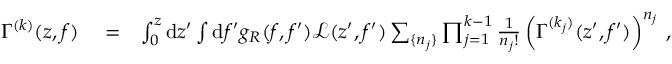
\begin{array} { r l r } { \Gamma ^ { ( k ) } ( z , f ) } & { { } = } & { \int _ { 0 } ^ { z } \mathrm { d } z ^ { \prime } \int \mathrm { d } f ^ { \prime } g _ { R } ( f , f ^ { \prime } ) \mathcal { L } ( z ^ { \prime } , f ^ { \prime } ) \sum _ { \{ n _ { j } \} } \prod _ { j = 1 } ^ { k - 1 } \frac { 1 } { n _ { j } ! } \left( \Gamma ^ { ( k _ { j } ) } ( z ^ { \prime } , f ^ { \prime } ) \right) ^ { n _ { j } } \: , } \end{array}